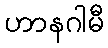
ဟာနဂါမီ